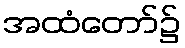
အထံတော်၌